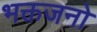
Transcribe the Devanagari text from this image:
भक्तजनो